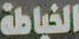
الخياطة